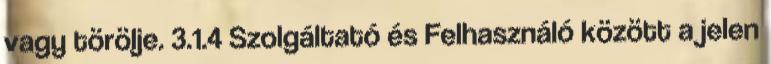
vagy törölje. 3.1.4 Szolgáltató és Felhasználó között a jelen